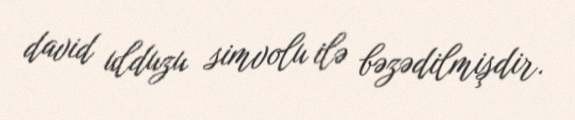
david ulduzu simvolu ilə bəzədilmişdir.